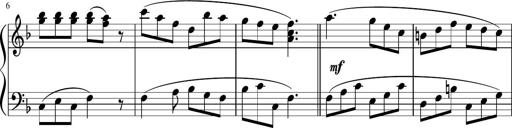
Title: 12 Keyboard Sonatinas
Composer: James Hook